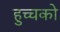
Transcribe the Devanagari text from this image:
हुच्चको